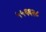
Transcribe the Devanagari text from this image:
५५६६२८